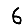
Digit: 6